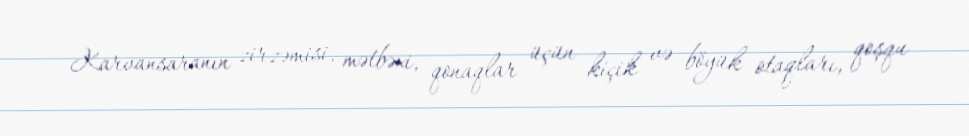
Karvansaranın zirzəmisi, mətbəxi, qonaqlar üçün kiçik və böyük otaqları, qoşqu